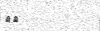
٦٣